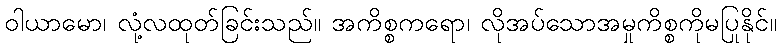
ဝါယာမော၊ လုံ့လထုတ်ခြင်းသည်။ အကိစ္စကရော၊ လိုအပ်သောအမှုကိစ္စကိုမပြုနိုင်။